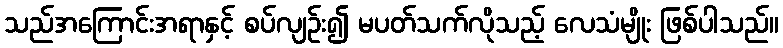
သည်အကြောင်းအရာနှင့် စပ်လျဉ်း၍ မပတ်သက်လိုသည့် လေသံမျိုး ဖြစ်ပါသည်။